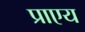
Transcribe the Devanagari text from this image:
प्राएय